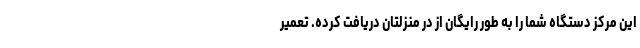
این مرکز دستگاه شما را به طور رایگان از در منزلتان دریافت کرده. تعمیر